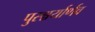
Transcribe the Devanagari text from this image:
पुरश्चर्यार्णव